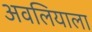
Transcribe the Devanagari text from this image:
अवलियाला